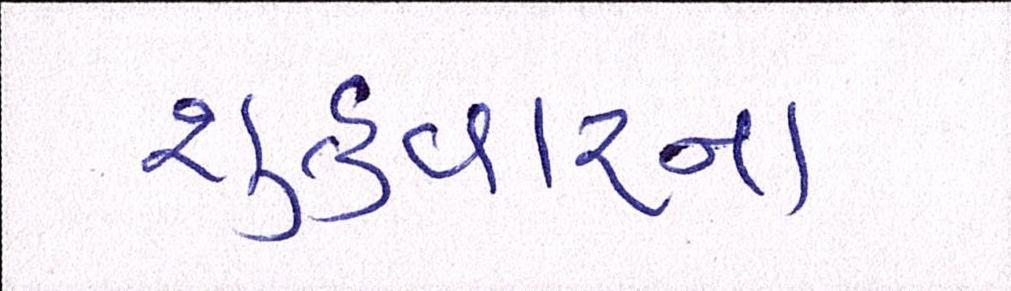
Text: શુક્રવારના